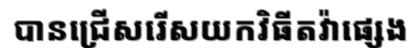
បានជ្រើសរើសយកវិធីតវ៉ាផ្សេង